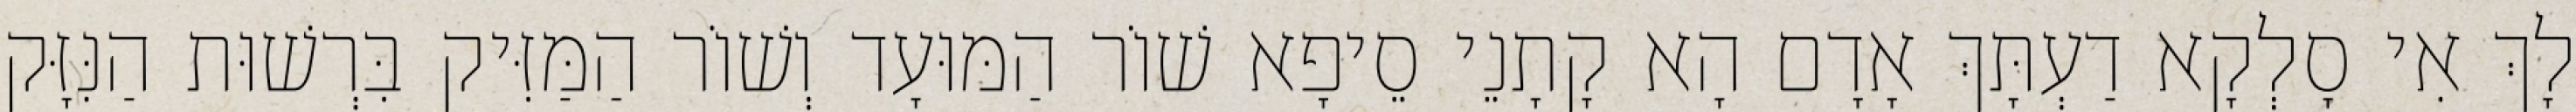
לָךְ אִי סָלְקָא דַעְתָּךְ אָדָם הָא קָתָנֵי סֵיפָא שׁוֹר הַמּוּעָד וְשׁוֹר הַמַּזִּיק בִּרְשׁוּת הַנִּזָּק